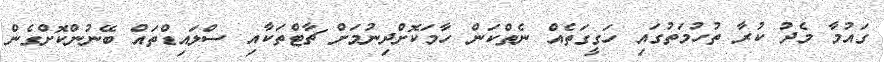
ގައުމާ މެދު ކުރާ ތުހުމަތުގައި ހަގީގަތެއް ނެތްކަން ހާމަކޮށްދިނުމަށް ޗާޓްތަކާއި ސްލައިޑްތައް ބޭނުންކޮށްގެން